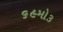
૬૯મો૩